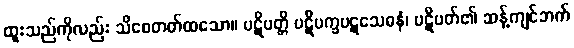
ထူးသည်ကိုလည်း သိစေတတ်ထသော။ ပဋိပတ္တိ ပဋိပက္ခပဋသေဓနံ၊ ပဋိပတ်၏ ဆန့်ကျင်ဘက်